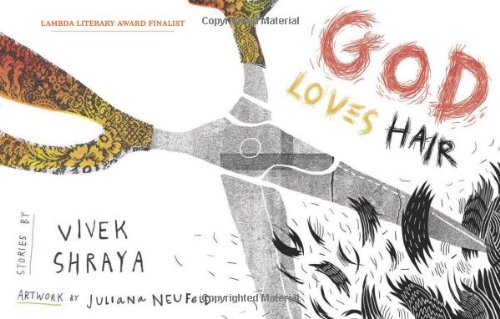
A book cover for God Loves Hair; Vivek Shraya; Teen & Young Adult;